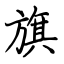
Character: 旗